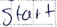
Text: Start